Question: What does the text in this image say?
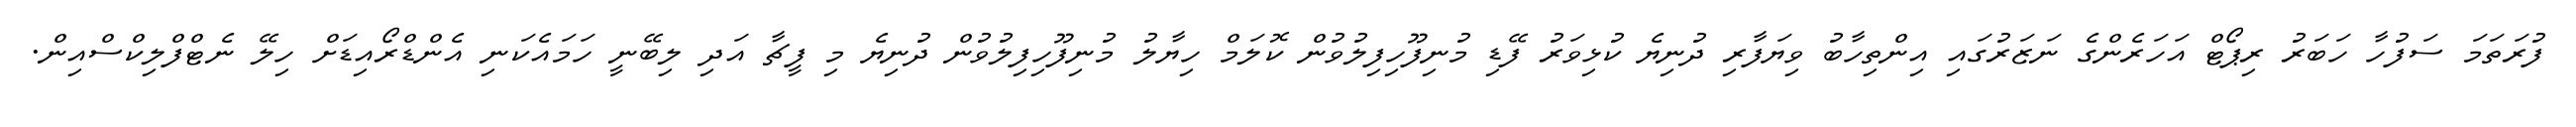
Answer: ފުރަތަމަ ސަފުހާ ހަބަރު ރިޕޯޓް އަހަރެންގެ ނަޒަރުގައި އިންތިހާބު ވިޔަފާރި ދުނިޔެ ކުޅިވަރު ފޭޑި މުނިފޫހިފިލުވުން ކޮލަމް ހިޔާލު މުނިފޫހިފިލުވުން ދުނިޔެ މި ފީޗާ އަދި ލިބޭނީ ހަމައެކަނި އެންޑްރޯއިޑަށް ހިލޭ ނެޓްފްލިކްސްއިން.